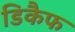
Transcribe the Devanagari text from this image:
डिकैफ